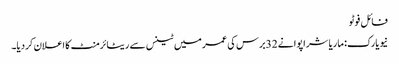
فائل فوٹو
نیویارک: ماریا شراپوا نے 32برس کی عمر میں ٹینس سے ریٹائرمنٹ کا اعلان کردیا۔